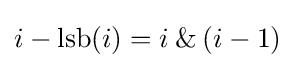
i-\operatorname {lsb} (i)=i\mathbin {\&} (i-1)